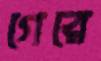
গেরে